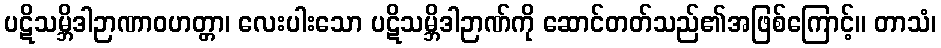
ပဋိသမ္ဘိဒါဉာဏာဝဟတ္တာ၊ လေးပါးသော ပဋိသမ္ဘိဒါဉာဏ်ကို ဆောင်တတ်သည်၏အဖြစ်ကြောင့်။ တာသံ၊